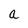
Character: a